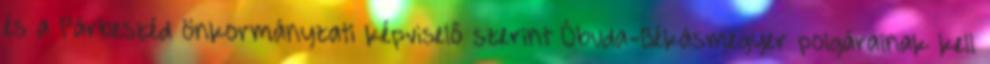
és a Párbeszéd önkormányzati képviselő szerint Óbuda-Békásmegyer polgárainak kell